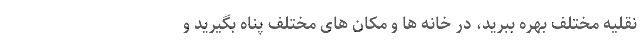
نقلیه مختلف بهره ببرید، در خانه ها و مکان های مختلف پناه بگیرید و